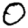
Digit: 0